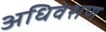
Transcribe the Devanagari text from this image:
अधिवेशण